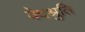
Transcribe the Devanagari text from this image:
वेदश्रुति